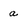
Character: a